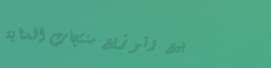
بيع وتوزيع منتجات العناية